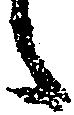
候